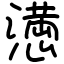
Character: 𢡛